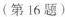
(第16题)